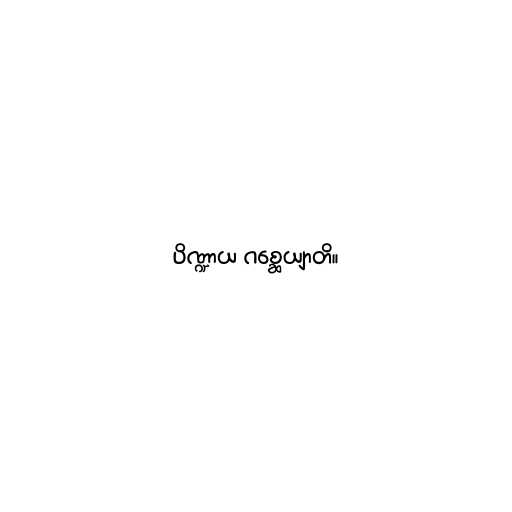
ပိဏ္ဍာယ ဂစ္ဆေယျာတိ။